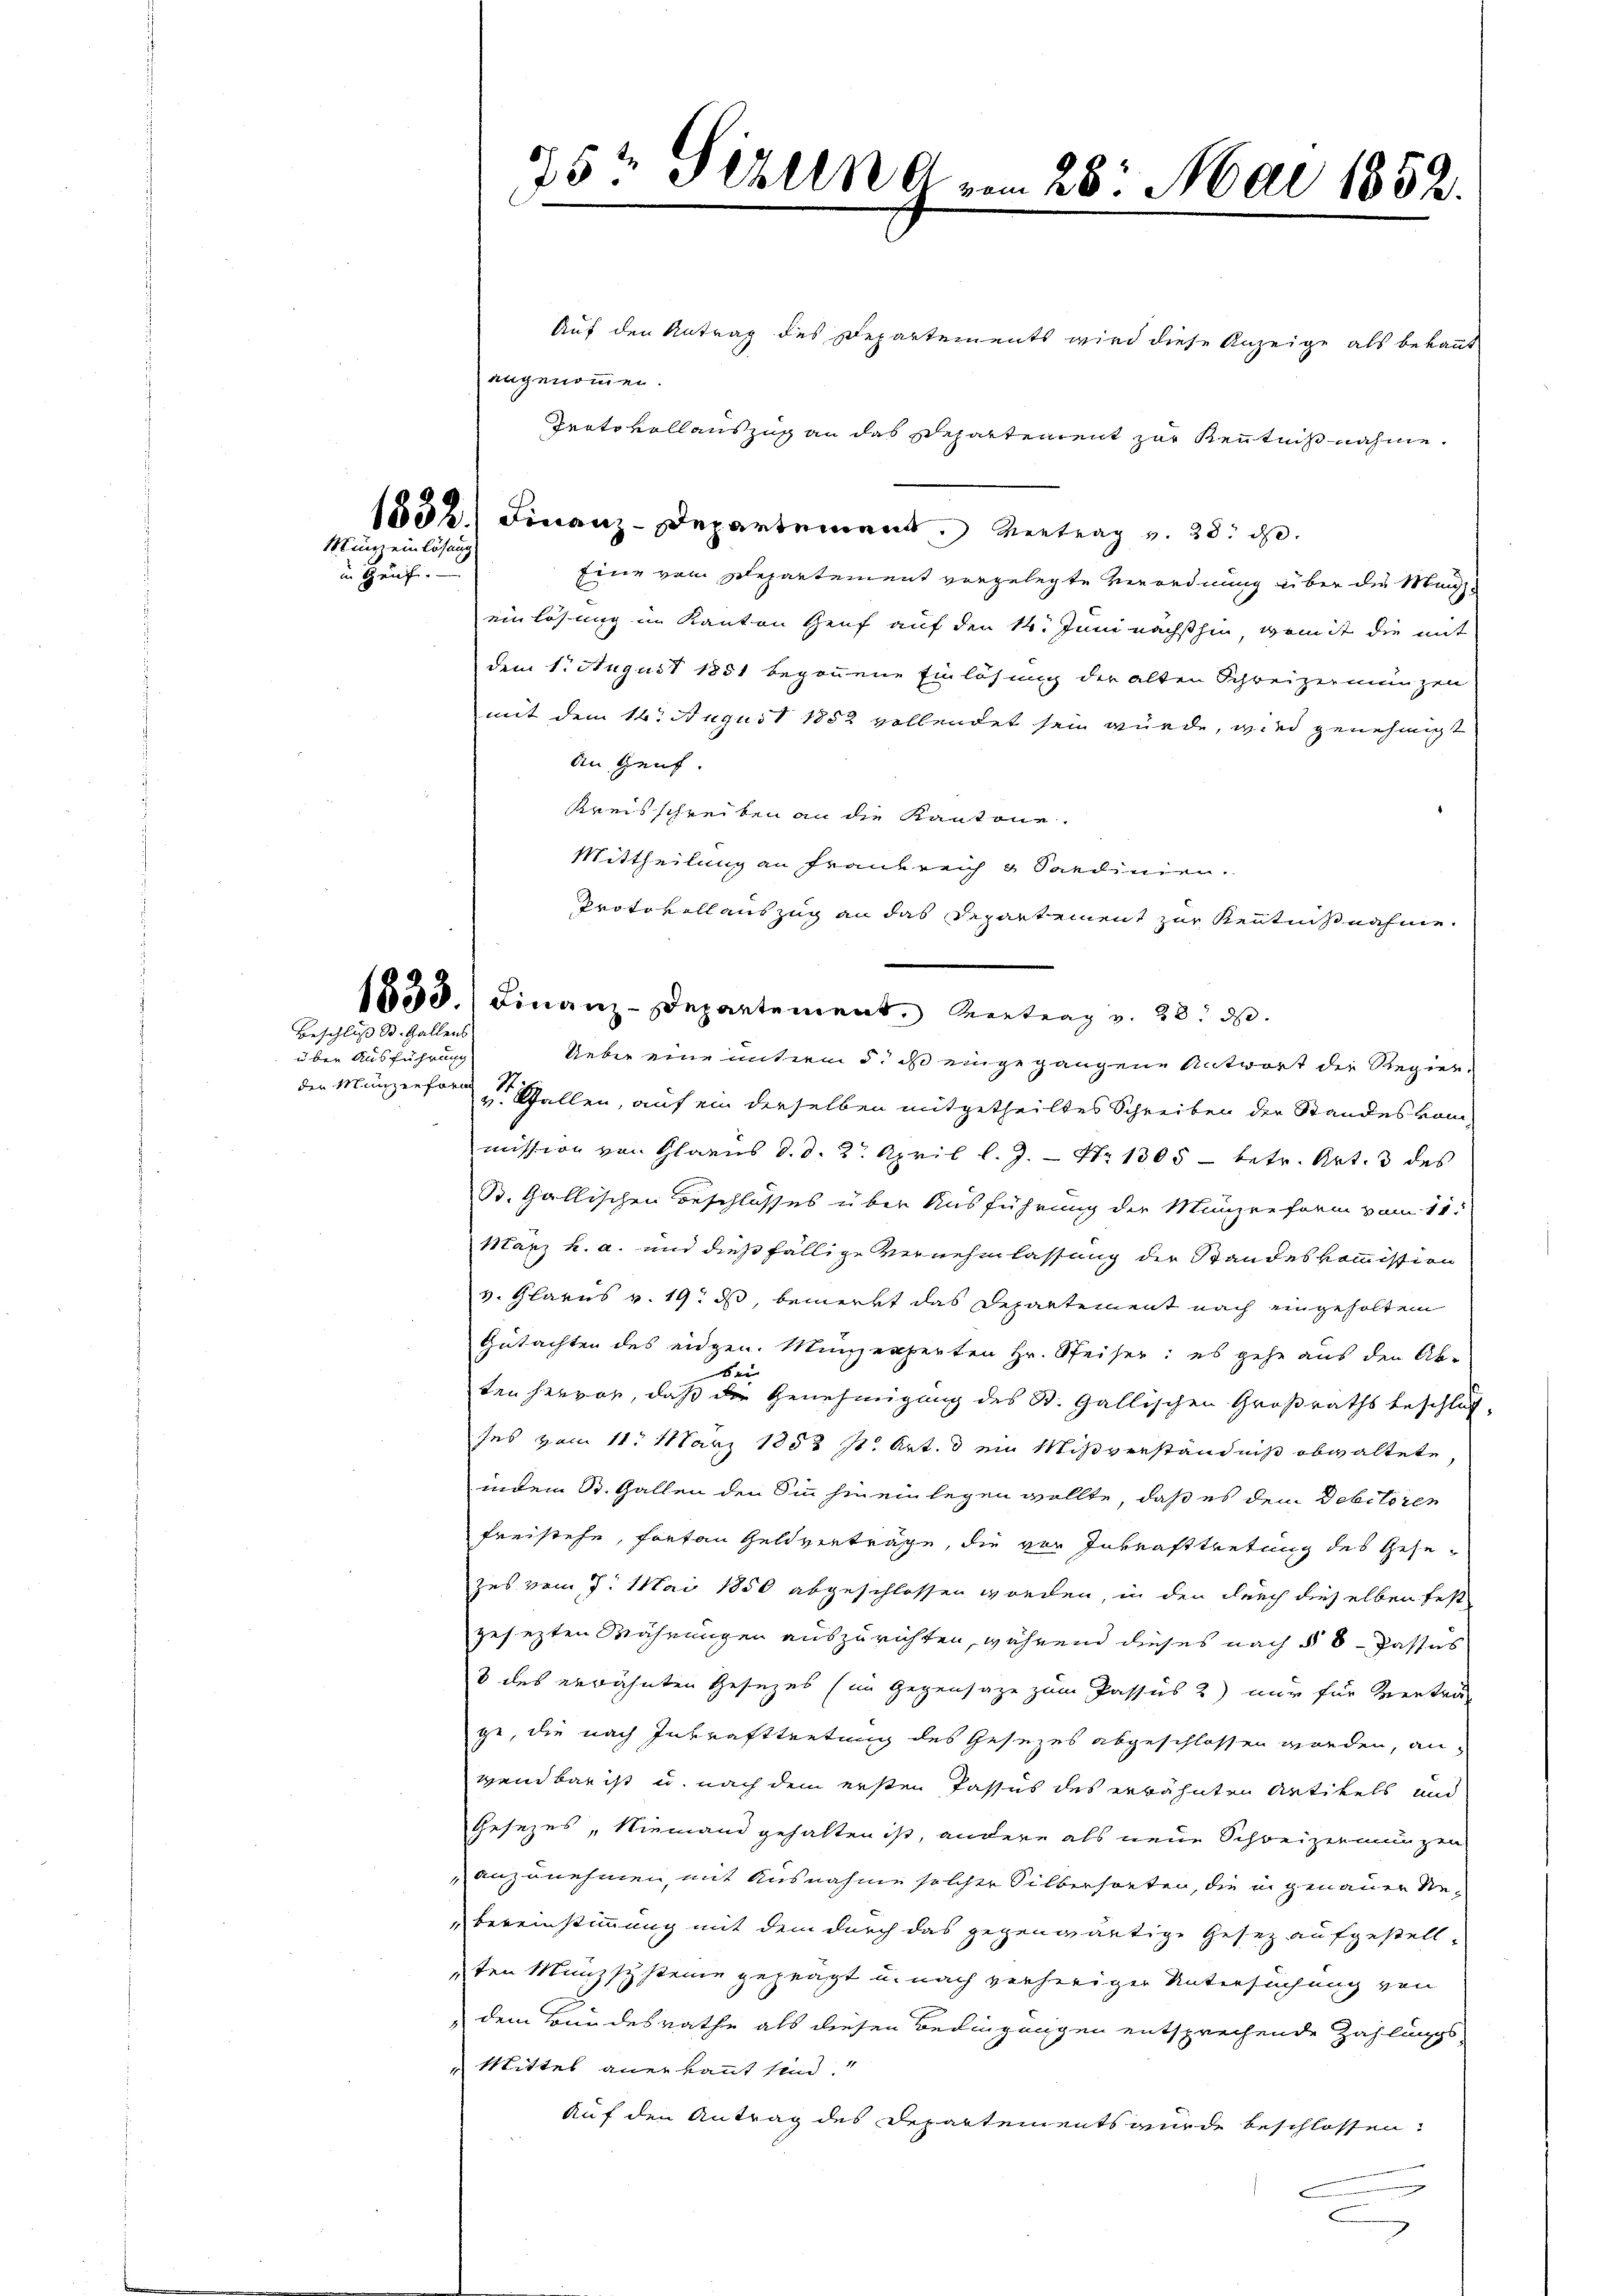
Münz einlösung
in Genf.

Beschluß St. Gallens

uber Ausführung
der Manzenform

Auf den Antrag des Departements wird diese Anzeige als bekannt
angenommen.
Protokoll auszug an das Departement zur Kenntnißnahme.
1832. Finanz-Departement. Vertrag v. 28. d.
Eine vom Departement vorgelegte Verordnung über die Maneinlösung im Kanton Genf auf den 14. Juni nächsthin, womit die mit
dem 1. August 1851 begonnene Einlösung der alten Schreizermungen
mit dem 16. August 1852 vollendet sein würde, wird genehmigt
An Genf.
Kreisschreiben an die Kantone.
Mittheilung an Frankreich & Sardinien.
Protokollauszug an das Departement zur Kenntnißnahme.
1853.) Finanz-Departement. Vertrag v. 28. d.
Ueber eine unterm 5. ist eingegangene Antwort der Regier-
v. Gallen, auf ein derselben mitgetheiltes Schreiben der Standes vom
mission von Glarus d. d. 2. April l. J. Nr. 1305 - betr. Art. 3 des
B. Gallischen Beschlusses über Ausführung der Münzreform vom 11.
Harz k. a. und dießfällige Vernehmlassung der Standeskommission
v. Glarus v. 19. ds, bemerkt das Departement nach eingeholten
Gutachten des eidgen. Münzexperten Hr. Speiser: es gehe aus den Ab-
den
ten hervor, daß die Genehmigung des St. Gallischen Großraths beschluß-
ses vom 11. März 1853 s. Art. 3 ein Mißverständniß obwaltete,
indem St. Gallen den Sinn hinein legen wollte, daß es dem Debitoren
Freistehe, forten Geldverträge, die vor Inkrafttretung des Gesezes vom 7. Mai 1850 abgeschlossen worden, in den durch dieselben fest
gesezten Währungen auszurichten, während dieses nach § 8 Passus
3 des erwähnten Gesezes (im Gegensatze zum Passus 2) nur für Vertrag
ge, die nach Inkrafttretung des Gesezes abgeschlossen worden, an
wendbar ist u. nach dem ersten Passus des erwähnten Antikels und
Gesezes, Niemand gehalten ist, andere als neue Schweizermungen
anzunehmen, mit Ausnahme solcher Silbersorten, die in genauer Rebereinstimmung mit dem durch das gegenwärtige Gesez aufgestellten Münzsysteine gezeigt u. nach verheriger Untersuchung von
dem Bundesrathe als diesen Bedingungen entsprechende Zahlungs-
Mittel anerkannt sind.
Auf den Antrag des Departements wurde beschlossen:
u
g

75 Sirung vom 28. Mai 1852.